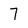
Character: 7